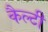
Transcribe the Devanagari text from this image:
कैल्टी